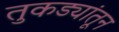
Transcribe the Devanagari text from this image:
तुकड्यांतून